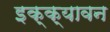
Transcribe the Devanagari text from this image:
इक्क्यावन